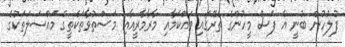
ފުލުހުން ބުނީ އެ ފަސް މީހުންގެ ތެރޭގައި ވައްކަމާއި މާރާމާރީއާއި މަސްތުވާތަކެތީގެ މައްސަލަތަކުގެ